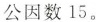
公因数15。